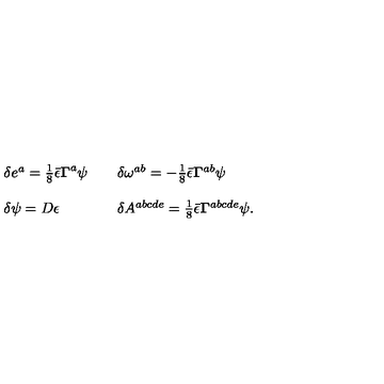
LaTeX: \begin{array} { l l l } { \delta e ^ { a } = \frac { 1 } { 8 } \bar { \epsilon } { \bf \Gamma } ^ { a } \psi } & { } & { \delta \omega ^ { a b } = - \frac { 1 } { 8 } \bar { \epsilon } { \bf \Gamma } ^ { a b } \psi } \\ { } & { } & { } \\ { \delta \psi = D \epsilon } & { } & { \delta A ^ { a b c d e } = \frac { 1 } { 8 } \bar { \epsilon } { \bf \Gamma } ^ { a b c d e } \psi . } \\ \end{array}